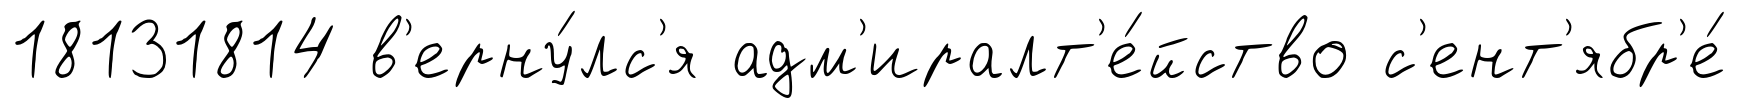
18131814 в'ерну́лс'я адм'иралт'е́йство с'ент'ябр'е́